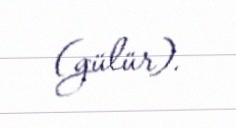
(gülür).